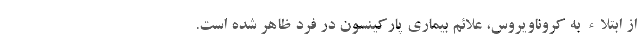
از ابتلاء به کروناویروس، علائم بیماری پارکینسون در فرد ظاهر شده است.